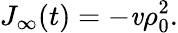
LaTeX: J_{\infty}(t)=-\mathit{v}\rho_{0}^{2}.